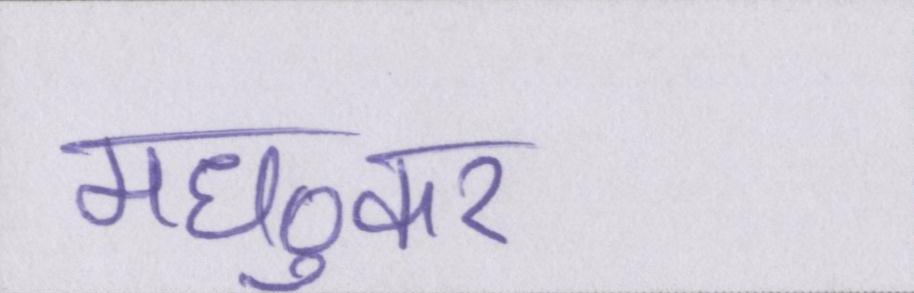
मध्ुकर